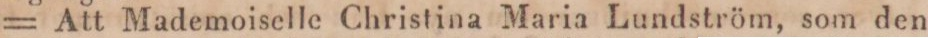
= Att Mademoiselle Christina Maria Lundström, som den